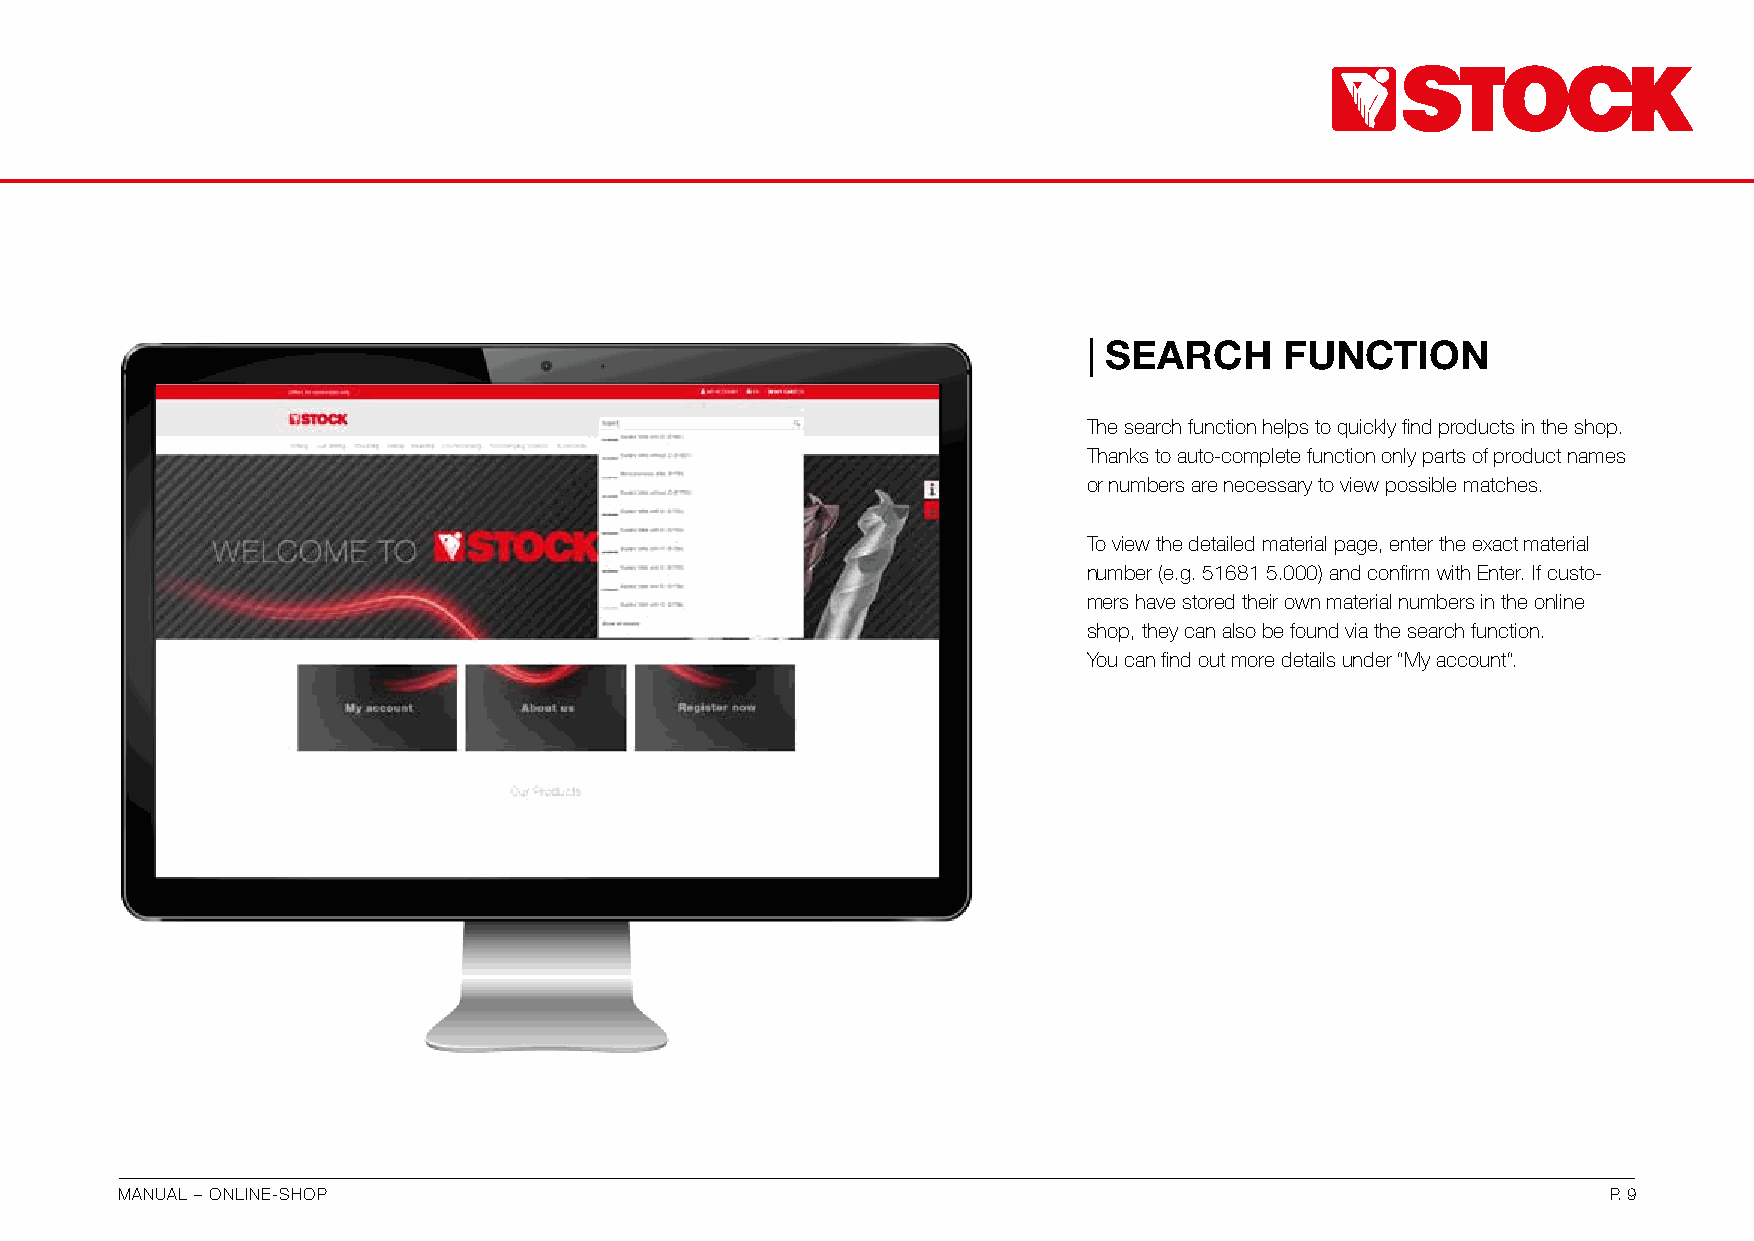
| SEARCH     FUNCTION
 The search function helps to quickly find products in the shop.
 Thanks to auto-complete function only parts of product names
 or numbers are necessary to view possible matches.
 To view the detailed material page, enter the exact material
 number (e.g. 51681 5.000) and confirm with Enter. If custo-
 mers have stored their own material numbers in the online
 shop, they can also be found via the search function.
 You can find out more details under “My account“.
 MANUAL – ONLINE-SHOP                                                                               P. 9